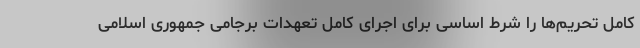
کامل تحریم‌ها را شرط اساسی برای اجرای کامل تعهدات برجامی جمهوری اسلامی